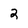
Character: 2